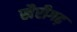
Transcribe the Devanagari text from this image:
खैरीगढ़